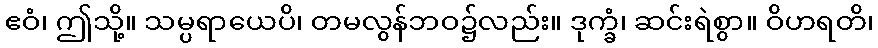
ဧဝံ၊ ဤသို့။ သမ္ပရာယေပိ၊ တမလွန်ဘဝ၌လည်း။ ဒုက္ခံ၊ ဆင်းရဲစွာ။ ဝိဟရတိ၊